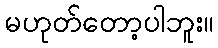
မဟုတ်တော့ပါဘူး။